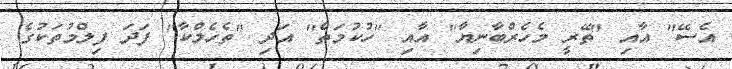
އެސޭ" އާއި "ތޭރީ މެހެރްބާނިޔާ" އާއި "ހުކުމަތް" އަދި "ތެހެލްކާ" ފަދަ ފިލްމުތަކުގެ